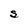
Character: S